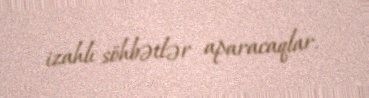
izahlı söhbətlər aparacaqlar.